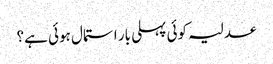
عدلیہ کوئی پہلی بار استمال ہوئی ہے؟